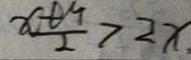
\frac { x + y } { 2 } > 2 x